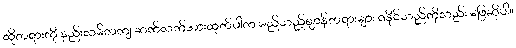
ထိုတရားကို နည်းလမ်တကျ ဆက်လက်အားထုတ်ပါက မည်သည့်ဈာန်တရားများ ရနိုင်သည်ကိုလည်း ဖြေဆိုပါ။